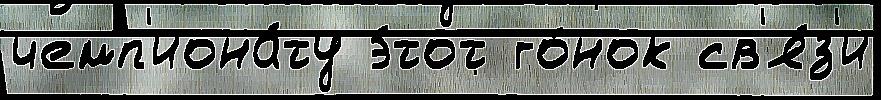
чемп'иона́ту э́тот го́нок св'я́з'и